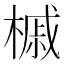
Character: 槭